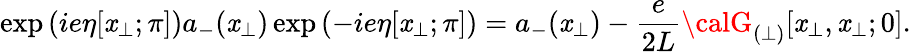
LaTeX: \exp\left(ie\eta[\mathit{x}_{\perp};\pi]\right)a_{-}(\mathit{x}_{\perp})\exp\left(-ie\eta[\mathit{x}_{\perp};\pi]\right)=a_{-}(\mathit{x}_{\perp})-\frac{{e}}{{2L}}{\calG}_{(\perp)}[\mathit{x}_{\perp},\mathit{x}_{\perp};0].